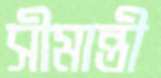
সীমান্তী